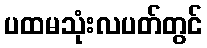
ပထမသုံးလပတ်တွင်